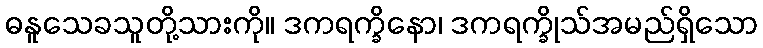
ဓနူသေခသူတို့သားကို။ ဒကရက္ခိနော၊ ဒကရက္ခိုသ်အမည်ရှိသော